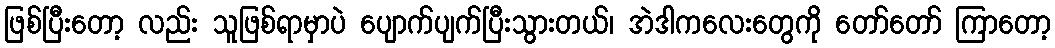
ဖြစ်ပြီးတော့ လည်း သူဖြစ်ရာမှာပဲ ပျောက်ပျက်ပြီးသွားတယ်၊ အဲဒါကလေးတွေကို တော်တော် ကြာတော့